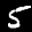
Label: 5